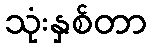
သုံးနှစ်တာ